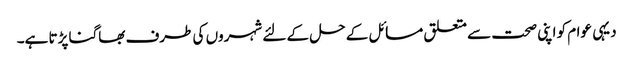
دیہی عوام کو اپنی صحت سے متعلق مسائل کے حل کے لئے شہروں کی طرف بھاگنا پڑتا ہے۔